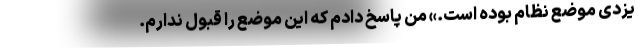
یزدی موضع نظام بوده است.» من پاسخ دادم که این موضع را قبول ندارم.